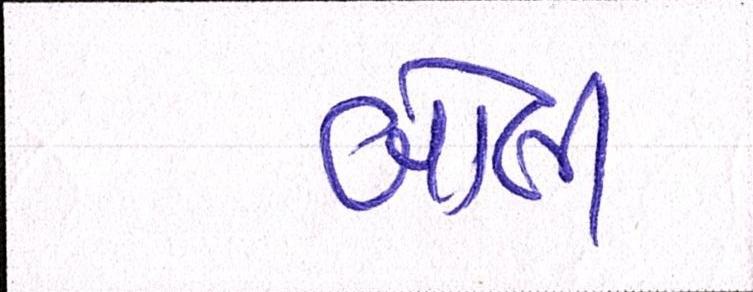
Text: બોલી